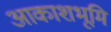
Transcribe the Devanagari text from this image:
आकाशभूमि